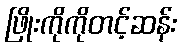
ဖြိုးကိုကိုတင့်ဆန်း